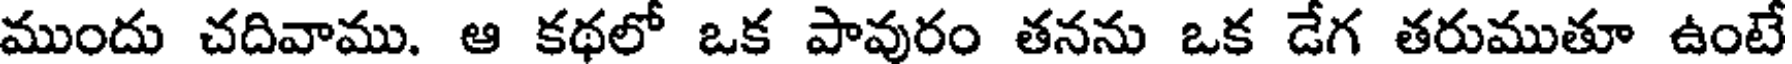
ముందు చదివాము. ఆ కథలో ఒక పావురం తనను ఒక డేగ తరుముతూ ఉంటే